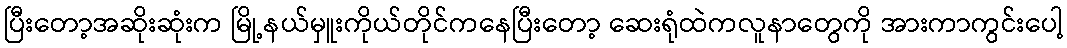
ပြီးတော့အဆိုးဆုံးက မြို့နယ်မှူးကိုယ်တိုင်ကနေပြီးတော့ ဆေးရုံထဲကလူနာတွေကို အားကာကွင်းပေါ့